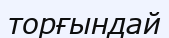
торғындай